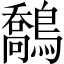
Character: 鷮